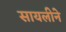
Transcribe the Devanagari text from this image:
सायलीने